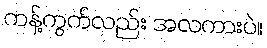
ကန့်ကွက်လည်း အလကားပဲ။